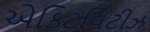
એકિટવિટીઝ